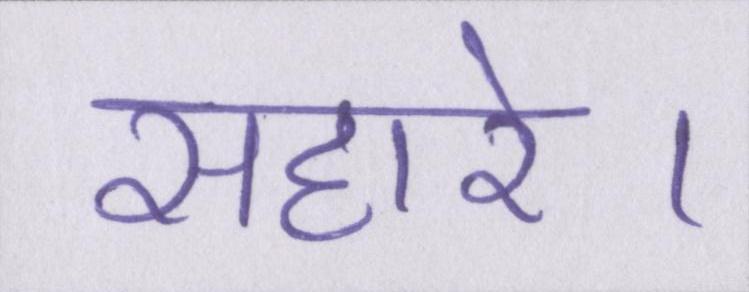
सहारे।